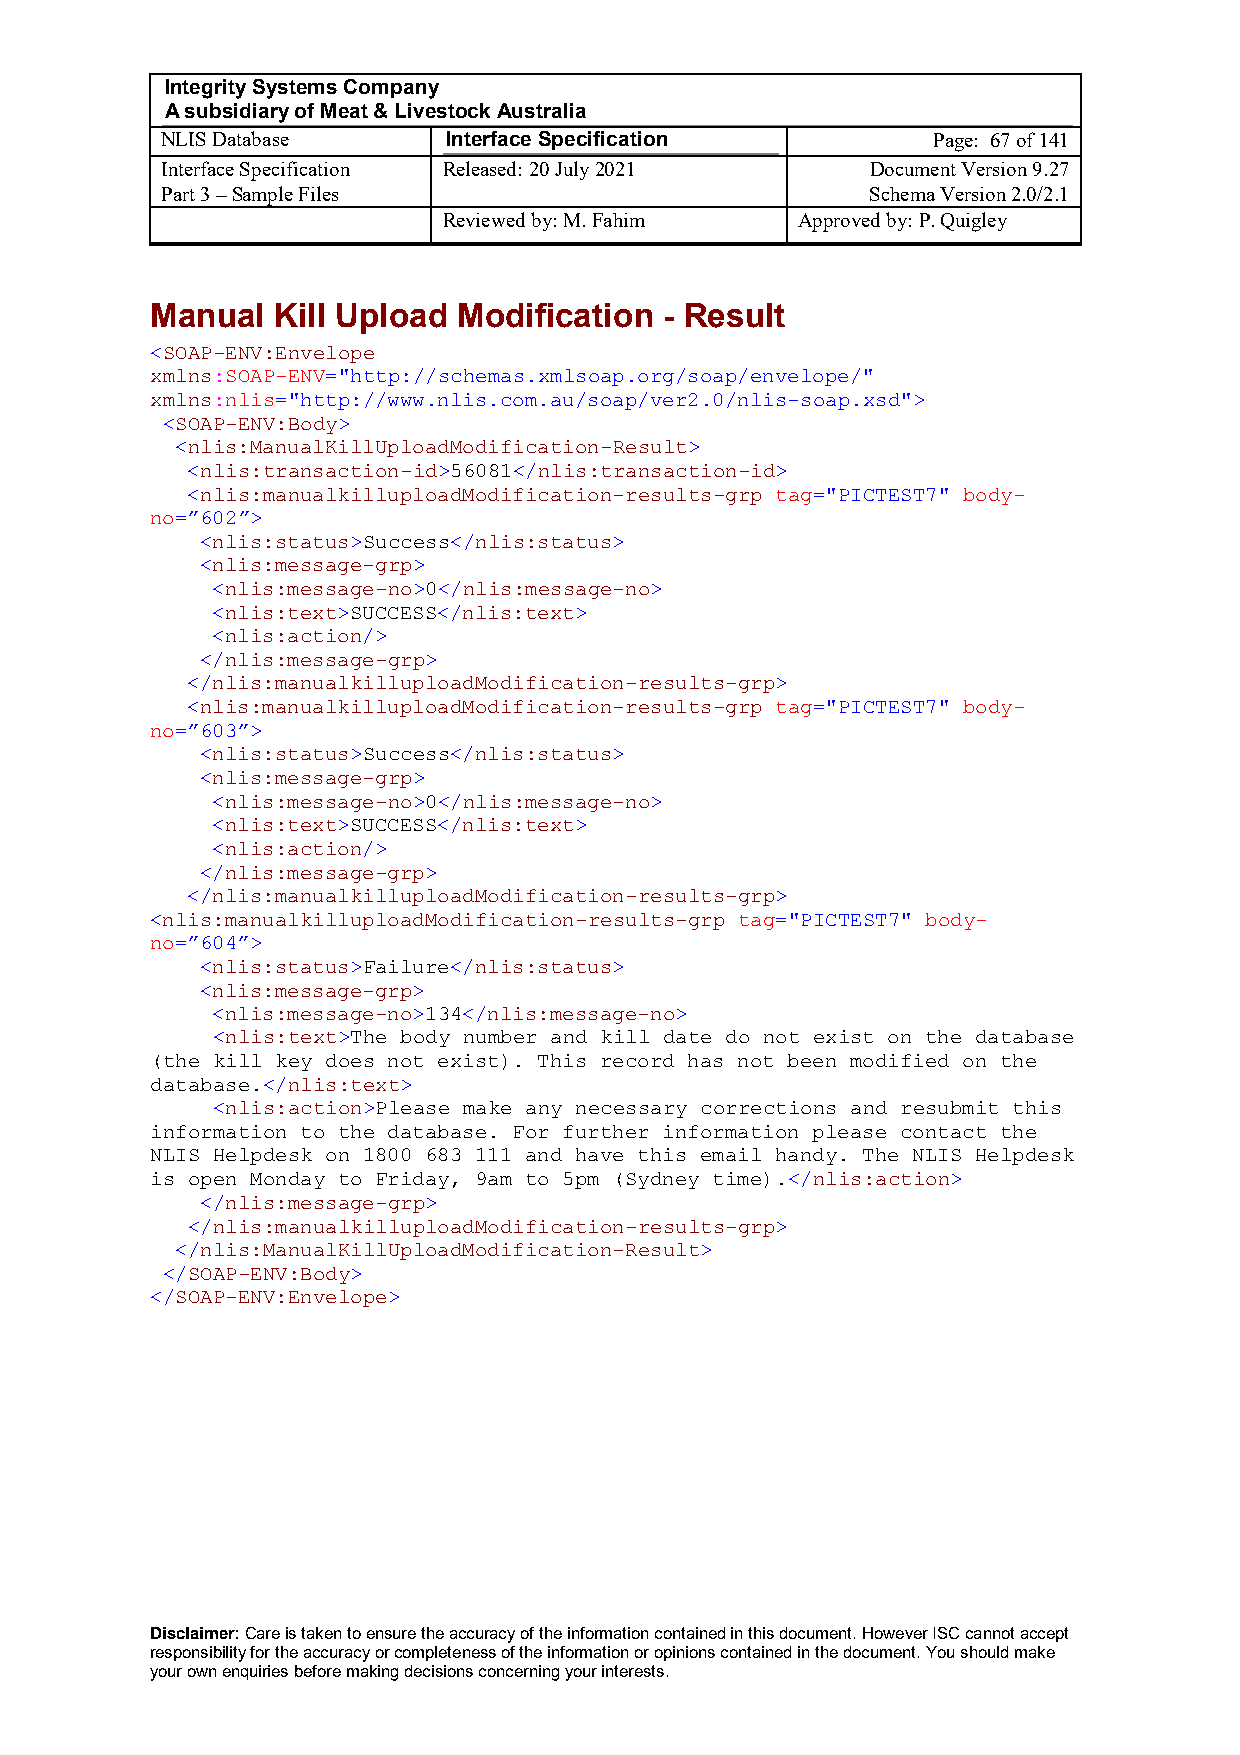
Integrity Systems Company
 A subsidiary of Meat & Livestock Australia
 NLIS Database      Interface Specification         Page: 67 of 141
 Interface Specification Released: 20 July 2021 Document Version 9.27
 Part 3 – Sample Files                          Schema Version 2.0/2.1
 Reviewed by: M. Fahim   Approved by: P. Quigley
 Manual  Kill Upload Modification  - Result
 <SOAP-ENV:Envelope
 xmlns:SOAP-ENV="http://schemas.xmlsoap.org/soap/envelope/"
 xmlns:nlis="http://www.nlis.com.au/soap/ver2.0/nlis-soap.xsd">
 <SOAP-ENV:Body>
 <nlis:ManualKillUploadModification-Result>
 <nlis:transaction-id>56081</nlis:transaction-id>
 <nlis:manualkilluploadModification-results-grp tag="PICTEST7" body-
 no=”602”>
 <nlis:status>Success</nlis:status>
 <nlis:message-grp>
 <nlis:message-no>0</nlis:message-no>
 <nlis:text>SUCCESS</nlis:text>
 <nlis:action/>
 </nlis:message-grp>
 </nlis:manualkilluploadModification-results-grp>
 <nlis:manualkilluploadModification-results-grp tag="PICTEST7" body-
 no=”603”>
 <nlis:status>Success</nlis:status>
 <nlis:message-grp>
 <nlis:message-no>0</nlis:message-no>
 <nlis:text>SUCCESS</nlis:text>
 <nlis:action/>
 </nlis:message-grp>
 </nlis:manualkilluploadModification-results-grp>
 <nlis:manualkilluploadModification-results-grp tag="PICTEST7" body-
 no=”604”>
 <nlis:status>Failure</nlis:status>
 <nlis:message-grp>
 <nlis:message-no>134</nlis:message-no>
 <nlis:text>The body number and kill date do not exist on the database
 (the kill key does not exist). This record has not been modified on the
 database.</nlis:text>
 <nlis:action>Please make any necessary corrections and resubmit this
 information to the database. For further information please contact the
 NLIS Helpdesk on 1800 683 111 and have this email handy. The NLIS Helpdesk
 is open Monday to Friday, 9am to 5pm (Sydney time).</nlis:action>
 </nlis:message-grp>
 </nlis:manualkilluploadModification-results-grp>
 </nlis:ManualKillUploadModification-Result>
 </SOAP-ENV:Body>
 </SOAP-ENV:Envelope>
 Disclaimer: Care is taken to ensure the accuracy of the information contained in this document. However ISC cannot accept
 responsibility for the accuracy or completeness of the information or opinions contained in the document. You should make
 your own enquiries before making decisions concerning your interests.